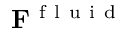
\mathbf { F } ^ { \mathrm { ~ f ~ l ~ u ~ i ~ d ~ } }